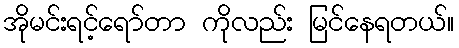
အိုမင်းရင့်ရော်တာ ကိုလည်း မြင်နေရတယ်။